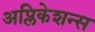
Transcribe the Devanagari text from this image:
अप्लिकेशन्स